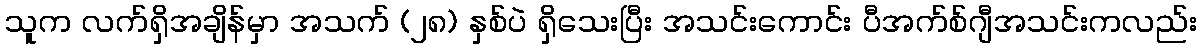
သူက လက်ရှိအချိန်မှာ အသက် (၂၈) နှစ်ပဲ ရှိသေးပြီး အသင်းကောင်း ပီအက်စ်ဂျီအသင်းကလည်း